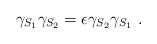
\begin{align*}\gamma_{S_1}\gamma_{S_2}=\epsilon\gamma_{S_2}\gamma_{S_1}~.\end{align*}